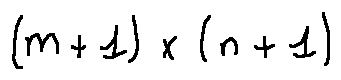
( m + 1 ) \times ( n + 1 )